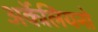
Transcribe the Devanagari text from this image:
अर्केलियनो